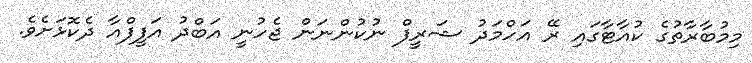
މިމުބާރާތުގެ ކުއާޓާގައި ރޭ އަހްމަދު ޝަރީފް ނުކުންނަން ޖެހުނީ އަބްދު އަފީފްއާ ދެކޮޅަށެވެ.